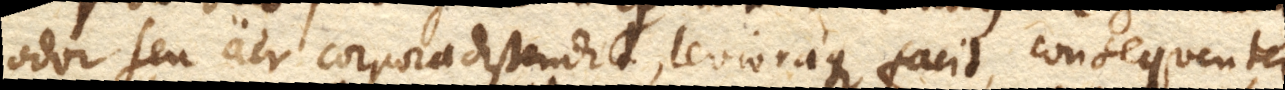
odor seu aer corpora distendit, levioraque facit, consequenter